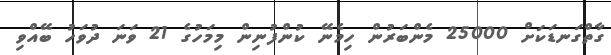
ގާތްގަނޑަކަށް 25000 މެންބަރުން ހިމެނޭ ކުންފުނިން މިމަހުގެ 21 ވަނަ ދުވަހު ބޭއްވި